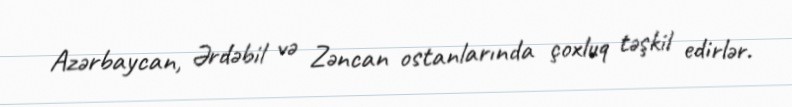
Azərbaycan, Ərdəbil və Zəncan ostanlarında çoxluq təşkil edirlər.